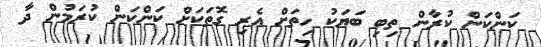
ކަންކަން ކުރާން ތިބި ބަޔަކު ހިތަށް އެރި ގޮތަކަށް ކަންކަން ކުރަމުން ދާ